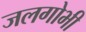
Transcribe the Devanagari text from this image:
जलगोभी